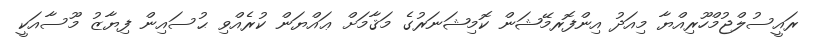
ރައީސުލްޖުމްހޫރިއްޔާ މިއަދު އިންފޮރމޭޝަން ކޮމިޝަނަރުގެ މަޤާމަށް ޢައްޔަން ކުރެއްވި ޙުސައިން ފިޔާޒު މޫސާއަކީ